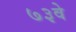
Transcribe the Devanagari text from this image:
७३वे